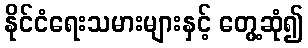
နိုင်ငံရေးသမားများနှင့် တွေ့ဆုံ၍